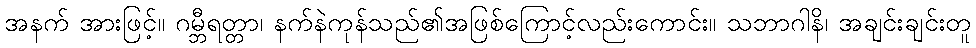
အနက် အားဖြင့်။ ဂမ္ဘီရတ္တာ၊ နက်နဲကုန်သည်၏အဖြစ်ကြောင့်လည်းကောင်း။ သဘာဂါနိ၊ အချင်းချင်းတူ